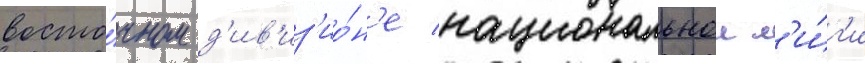
восто́чном д'ив'из'ио́н'е национальнои л'и́г'и